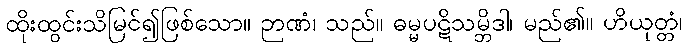
ထိုးထွင်းသိမြင်၍ဖြစ်သော။ ဉာဏံ၊ သည်။ ဓမ္မပဋိသမ္ဘိဒါ၊ မည်၏။ ဟိယုတ္တံ၊